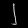
Digit: ၂